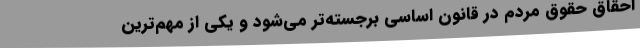
احقاق حقوق مردم در قانون اساسی برجسته‌تر می‌شود و یکی از مهم‌ترین